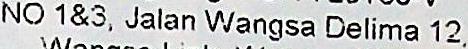
NO 1&3, JALAN WANGSA DELIMA 12,